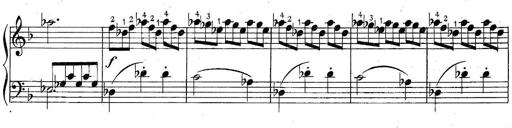
Title: 6 Easy Sonatinas
Composer: Carl Czerny